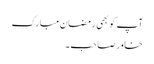
آپ کو بھی رمضان مبارک
خاور صاحب ۔